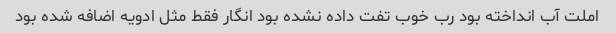
املت آب انداخته بود رب خوب تفت داده نشده بود انگار فقط مثل ادویه اضافه شده بود